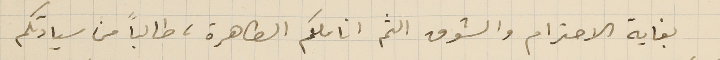
بغاية الاحترام والشوق الثم اناملكم الطاهرة، طالبًا من سيادتكم